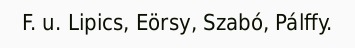
F. u. Lipics, Eörsy, Szabó, Pálffy.